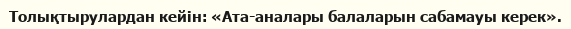
Толықтырулардан кейін: «Ата-аналары балаларын сабамауы керек».